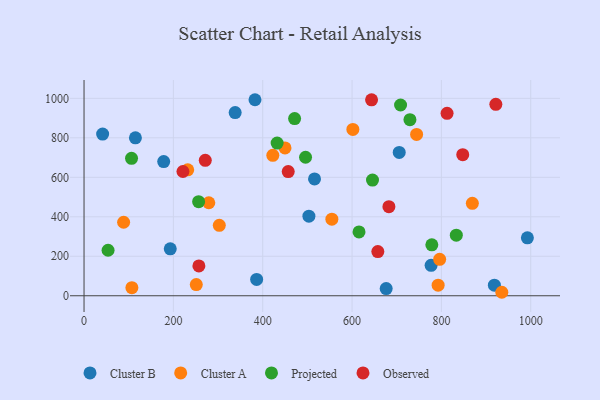
{"axis": {"x": "Price", "y": "Yield"}, "legend": ["Cluster A", "Cluster B", "Observed", "Projected"], "data": [{"x": "41.6", "y": 819.1, "type": "Cluster B"}, {"x": "705.6", "y": 725.9, "type": "Cluster B"}, {"x": "503.4", "y": 403.0, "type": "Cluster B"}, {"x": "516.0", "y": 591.8, "type": "Cluster B"}, {"x": "676.4", "y": 36.1, "type": "Cluster B"}, {"x": "178.3", "y": 679.8, "type": "Cluster B"}, {"x": "777.0", "y": 154.2, "type": "Cluster B"}, {"x": "338.3", "y": 927.7, "type": "Cluster B"}, {"x": "115.0", "y": 800.0, "type": "Cluster B"}, {"x": "193.0", "y": 237.9, "type": "Cluster B"}, {"x": "382.7", "y": 993.0, "type": "Cluster B"}, {"x": "918.6", "y": 53.4, "type": "Cluster B"}, {"x": "386.4", "y": 82.8, "type": "Cluster B"}, {"x": "992.5", "y": 293.2, "type": "Cluster B"}, {"x": "935.3", "y": 17.6, "type": "Cluster A"}, {"x": "744.5", "y": 817.0, "type": "Cluster A"}, {"x": "232.1", "y": 637.7, "type": "Cluster A"}, {"x": "422.6", "y": 711.2, "type": "Cluster A"}, {"x": "88.6", "y": 372.4, "type": "Cluster A"}, {"x": "554.8", "y": 388.1, "type": "Cluster A"}, {"x": "279.3", "y": 471.2, "type": "Cluster A"}, {"x": "792.7", "y": 53.8, "type": "Cluster A"}, {"x": "449.9", "y": 748.6, "type": "Cluster A"}, {"x": "601.8", "y": 842.7, "type": "Cluster A"}, {"x": "796.1", "y": 184.6, "type": "Cluster A"}, {"x": "302.8", "y": 357.0, "type": "Cluster A"}, {"x": "107.1", "y": 41.0, "type": "Cluster A"}, {"x": "251.3", "y": 56.7, "type": "Cluster A"}, {"x": "869.3", "y": 468.4, "type": "Cluster A"}, {"x": "615.6", "y": 323.4, "type": "Projected"}, {"x": "495.9", "y": 701.7, "type": "Projected"}, {"x": "53.8", "y": 230.5, "type": "Projected"}, {"x": "256.5", "y": 476.7, "type": "Projected"}, {"x": "432.3", "y": 773.5, "type": "Projected"}, {"x": "778.6", "y": 257.8, "type": "Projected"}, {"x": "645.8", "y": 586.1, "type": "Projected"}, {"x": "106.3", "y": 695.9, "type": "Projected"}, {"x": "833.4", "y": 306.9, "type": "Projected"}, {"x": "708.6", "y": 966.3, "type": "Projected"}, {"x": "729.6", "y": 891.9, "type": "Projected"}, {"x": "471.4", "y": 897.5, "type": "Projected"}, {"x": "812.7", "y": 923.9, "type": "Observed"}, {"x": "657.7", "y": 223.8, "type": "Observed"}, {"x": "921.9", "y": 969.7, "type": "Observed"}, {"x": "457.1", "y": 628.9, "type": "Observed"}, {"x": "682.5", "y": 451.1, "type": "Observed"}, {"x": "271.4", "y": 685.9, "type": "Observed"}, {"x": "643.7", "y": 992.7, "type": "Observed"}, {"x": "257.1", "y": 151.2, "type": "Observed"}, {"x": "221.4", "y": 629.3, "type": "Observed"}, {"x": "847.8", "y": 714.6, "type": "Observed"}]}